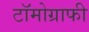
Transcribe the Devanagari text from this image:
टॉमोग्राफी